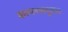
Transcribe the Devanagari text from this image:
कल्पनाबहुलता